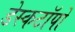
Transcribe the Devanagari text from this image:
डेस्कटॉपों